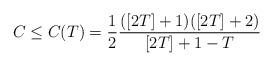
LaTeX: \begin{align*}C\le C(T) = \frac{1}{2}\frac{([2T]+1)([2T]+2)}{[2T]+1-T}\end{align*}